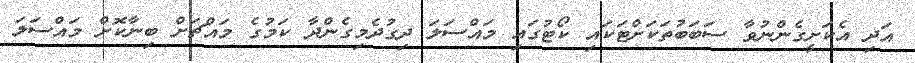
އަދި އެކަށީގެންނުވާ ސަބަބުތަކަށްޓަކައި ކޯޓުގައި މައްސަލަ ދިގުދެމިގެންދާ ކަމުގެ މައްޗަށް ބިނާކޮށް މައްސަލަ